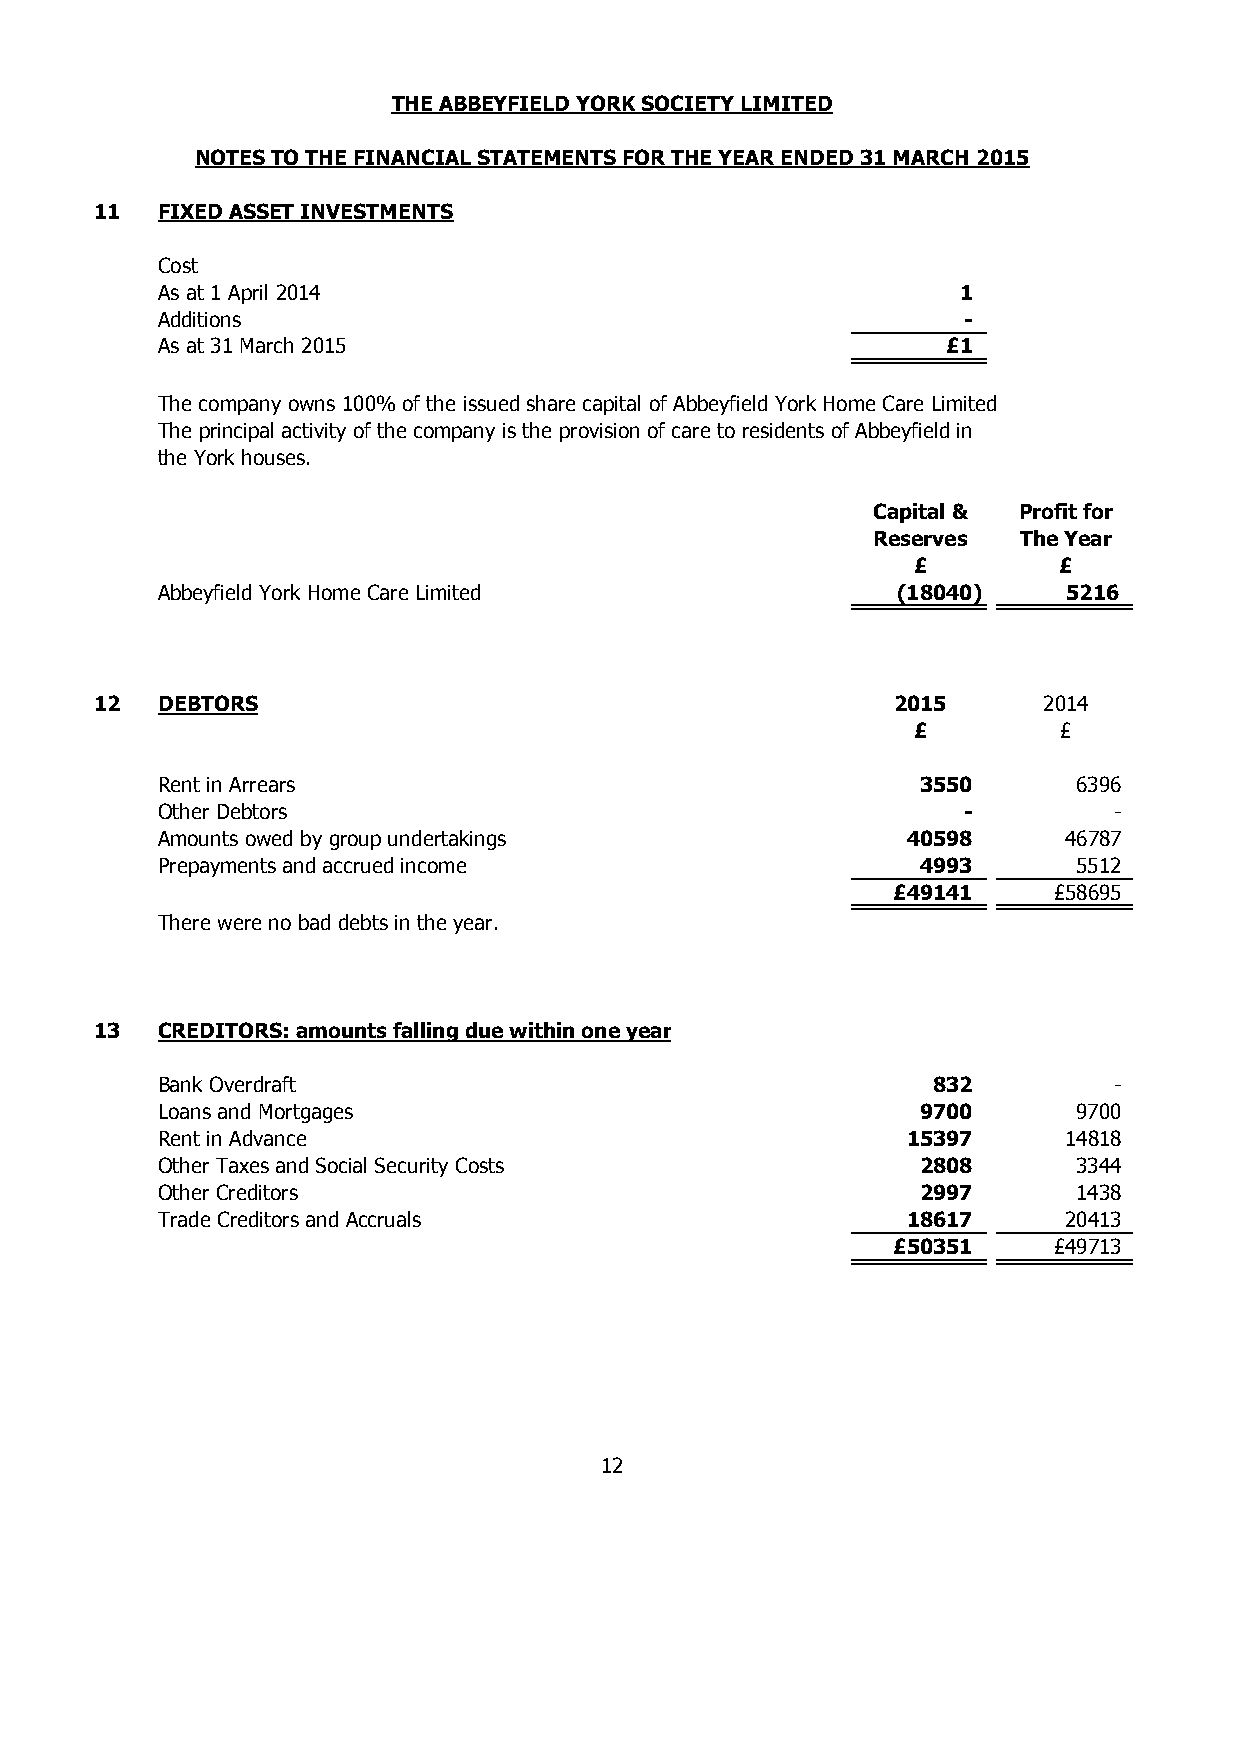
THE ABBEYFIELD YORK SOCIETY LIMITED
 NOTES TO THE FINANCIAL STATEMENTS FOR THE YEAR ENDED 31 MARCH 2015
 11  FIXED ASSET INVESTMENTS
 Cost
 As at 1 April 2014                                    1
 Additions                                             -
 As at 31 March 2015                                  £1
 The company owns 100% of the issued share capital of Abbeyfield York Home Care Limited
 The principal activity of the company is the provision of care to residents of Abbeyfield in
 the York houses.
 Capital & Profit for
 Reserves The Year
 £         £
 Abbeyfield York Home Care Limited                (18040)     5216
 12  DEBTORS                                          2015      2014
 £         £
 Rent in Arrears                                    3 550     6396
 Other Debtors                                         -         -
 Amounts owed by group undertakings                40598     46787
 Prepayments and accrued income                     4 993     5512
 £49141     £ 58695
 There were no bad debts in the year.
 13  CREDITORS: amounts falling due within one year
 Bank Overdraft                                      832         -
 Loans and Mortgages                                9 700     9700
 Rent in Advance                                   15397     14818
 Other Taxes and Social Security Costs              2 808     3344
 Other Creditors                                    2 997     1438
 Trade Creditors and Accruals                      18617     20413
 £50351     £ 49713
 12